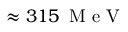
\approx 3 1 5 \, \mathrm { ~ M ~ e ~ V ~ }